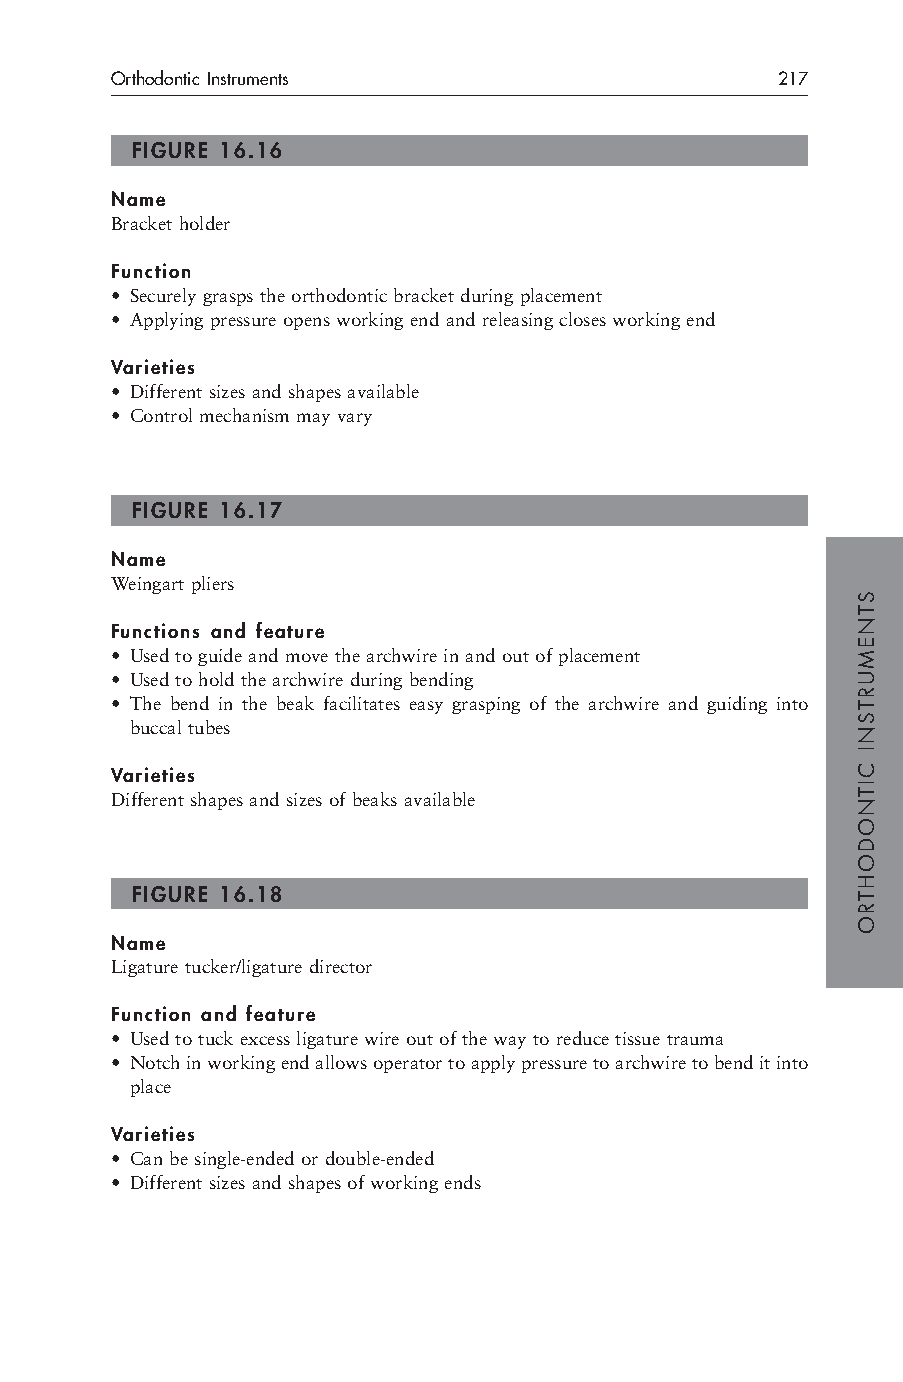
Orthodontic Instruments                     217
 FIGURE 16.16
 Name
 Bracket holder
 Function
 • Securely grasps the orthodontic bracket during placement
 • Applying pressure opens working end and releasing closes working end
 Varieties
 • Different sizes and shapes available
 • Control mechanism may vary
 FIGURE 16.17
 Name
 Weingart pliers
 Functions and feature
 • Used to guide and move the archwire in and out of placement
 • Used to hold the archwire during bending
 • The bend in the beak facilitates easy grasping of the archwire and guiding into
 buccal tubes
 Varieties
 Different shapes and sizes of beaks available
 FIGURE 16.18
 Name
 Ligature tucker/ligature director
 Function and feature
 • Used to tuck excess ligature wire out of the way to reduce tissue trauma
 • Notch in working end allows operator to apply pressure to archwire to bend it into
 place
 Varieties
 • Can be single-ended or double-ended
 • Different sizes and shapes of working ends
 STNEMURTSNI
 CITNODOHTRO